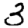
Digit: 3